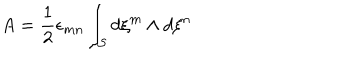
A = { \frac { 1 } { 2 } } \epsilon _ { m n } \int _ { \cal S } d \xi ^ { m } \wedge d \xi ^ { n }